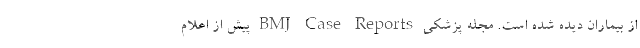
از بیماران دیده شده است. مجله پزشکی BMJ Case Reports پیش از اعلام